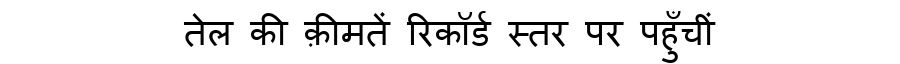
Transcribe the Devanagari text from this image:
तेल की क़ीमतें रिकॉर्ड स्तर पर पहुँचीं